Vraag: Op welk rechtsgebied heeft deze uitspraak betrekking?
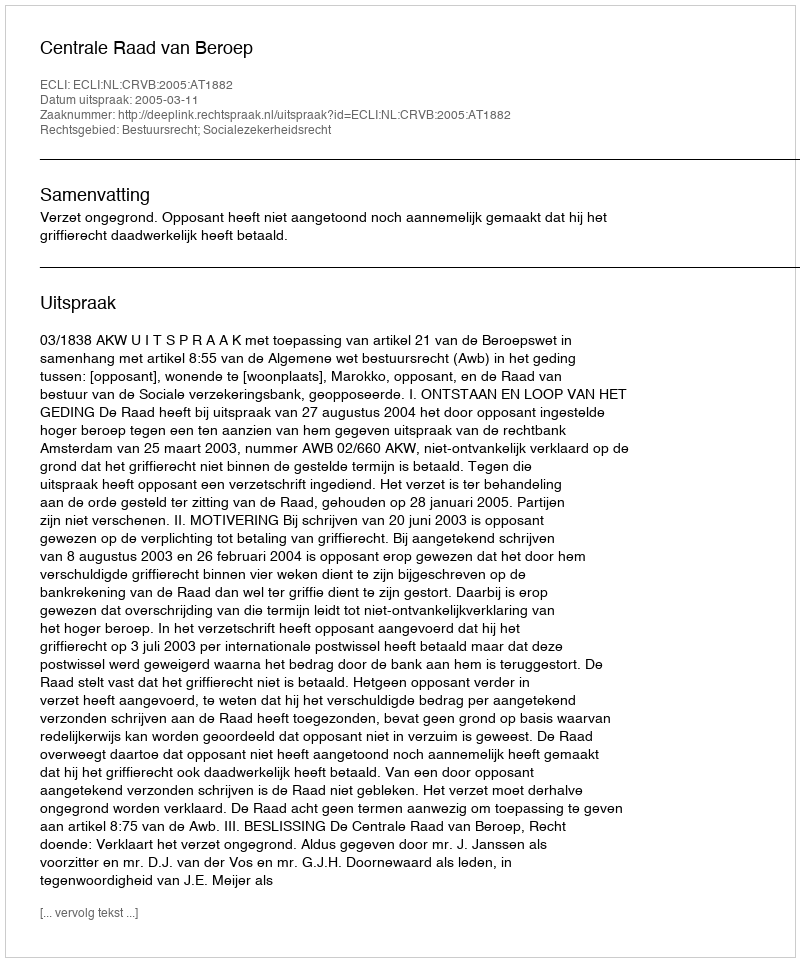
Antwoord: Bestuursrecht; Socialezekerheidsrecht